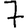
Digit: 7